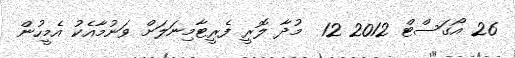
26 އޯގަސްޓް 2012 12  މުދާ ލޮރީ ފެރީޓާމިނަލަށް ވަނުމާއެކު އެމީހުން